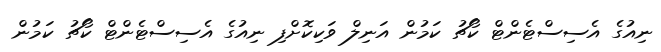
ނިއުގެ އެސިސްޓެންޓް ކޯޗު ކަމުން އަނިލް ވަކިކޮށްފި ނިއުގެ އެސިސްޓެންޓް ކޯޗު ކަމުން